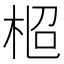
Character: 𣑌